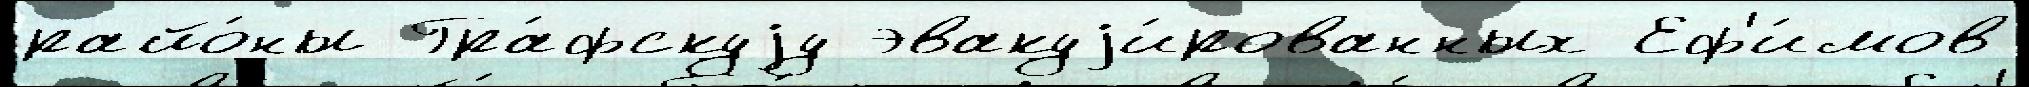
райо́ны Гра́фскуjу эвакуjи́рованных Еф'и́мов